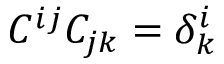
C ^ { i j } C _ { j k } = \delta _ { k } ^ { i }